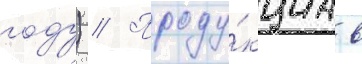
году) // Проду́кциа в